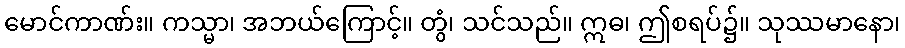
မောင်ကာဏ်း။ ကသ္မာ၊ အဘယ်ကြောင့်။ တွံ၊ သင်သည်။ ဣဓ၊ ဤစရပ်၌။ သုဿမာနော၊